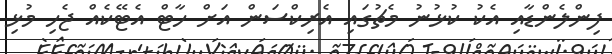
ފިންލެންޑާއި އެކުު ކުޅުނު މެޗުގައި އެރިކްސަން އަށް ހާޓް އެޓޭކެއް ޖެހި މުޅި